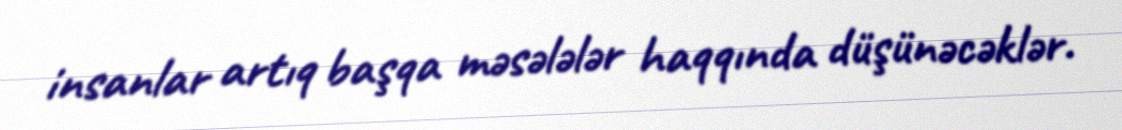
insanlar artıq başqa məsələlər haqqında düşünəcəklər.